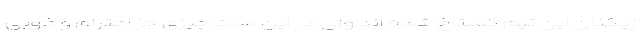
زیکنان این تیم گستاخ شده اند ولی در این مدت چیزی جز احترام و خوبی